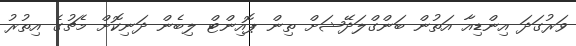
ވަރުގަދަ އިންޑިއާ އަތުން ބަންގްލަދޭޝަށް ތިން ޕޮއިންޓް ލިބެން ދަނިކޮށް މެޗުގެ އިތުރު